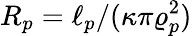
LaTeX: R_{p}=\ell_{p}/(\kappa\pi\varrho_{p}^{2})